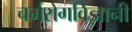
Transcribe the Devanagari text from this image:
चर्मरोगविज्ञानी